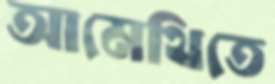
আমেথিতে